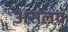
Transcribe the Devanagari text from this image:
असलग